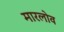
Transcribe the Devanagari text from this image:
मारलोव